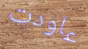
عاودت